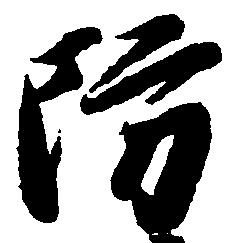
防